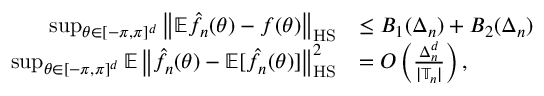
\begin{array} { r l } { \operatorname* { s u p } _ { \theta \in [ - \pi , \pi ] ^ { d } } \left\| \mathbb E \hat { f } _ { n } ( \theta ) - f ( \theta ) \right\| _ { \mathrm { H S } } } & { \leq B _ { 1 } ( \Delta _ { n } ) + B _ { 2 } ( \Delta _ { n } ) } \\ { \operatorname* { s u p } _ { \theta \in [ - \pi , \pi ] ^ { d } } \mathbb E \left\| \hat { f } _ { n } ( \theta ) - \mathbb E [ \hat { f } _ { n } ( \theta ) ] \right\| _ { \mathrm { H S } } ^ { 2 } } & { = { \cal O } \left( \frac { \Delta _ { n } ^ { d } } { { | \mathbb T _ { n } | } } \right) , } \end{array}